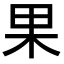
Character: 果